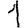
Digit: 1